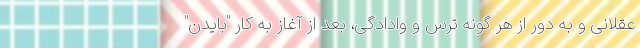
عقلانی و به دور از هر گونه ترس و وادادگی، بعد از آغاز به کار "بایدن"